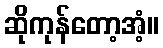
ဆိုကုန်တော့အံ့။